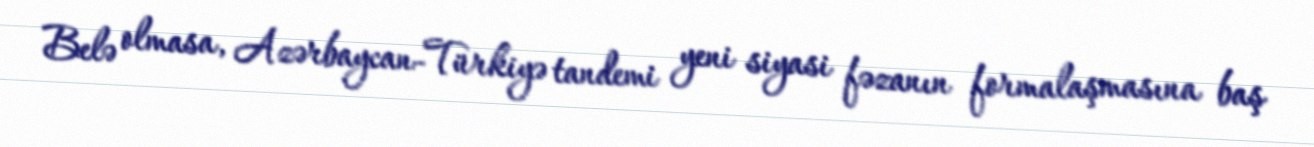
Belə olmasa, Azərbaycan-Türkiyə tandemi yeni siyasi fəzanın formalaşmasına baş